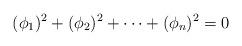
LaTeX: \begin{align*}(\phi_1)^2 + (\phi_2)^2+\cdots + (\phi_n)^2=0\end{align*}